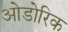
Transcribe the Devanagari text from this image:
ओडोरिक